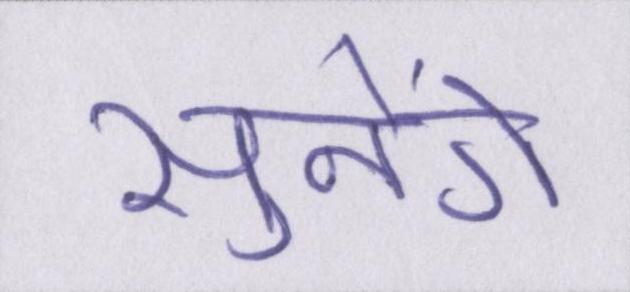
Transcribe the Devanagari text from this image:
सुनेंगे